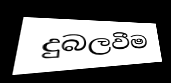
දුබලවීම